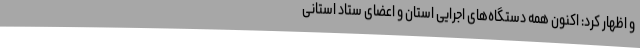
و اظهار کرد: اکنون همه دستگاه‌های اجرایی استان و اعضای ستاد استانی